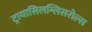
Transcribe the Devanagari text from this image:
ट्रायासिलग्लिसरोल्स